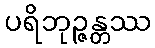
ပရိဘုဉ္ဇန္တဿ